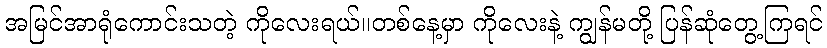
အမြင်အာရုံကောင်းသတဲ့ ကိုလေးရယ်။တစ်နေ့မှာ ကိုလေးနဲ့ ကျွန်မတို့ ပြန်ဆုံတွေ့ကြရင်